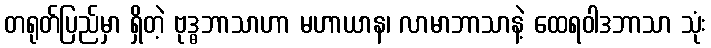
တရုတ်ပြည်မှာ ရှိတဲ့ ဗုဒ္ဓဘာသာဟာ မဟာယာန၊ လာမာဘာသာနဲ့ ထေရဝါဒဘာသာ သုံး